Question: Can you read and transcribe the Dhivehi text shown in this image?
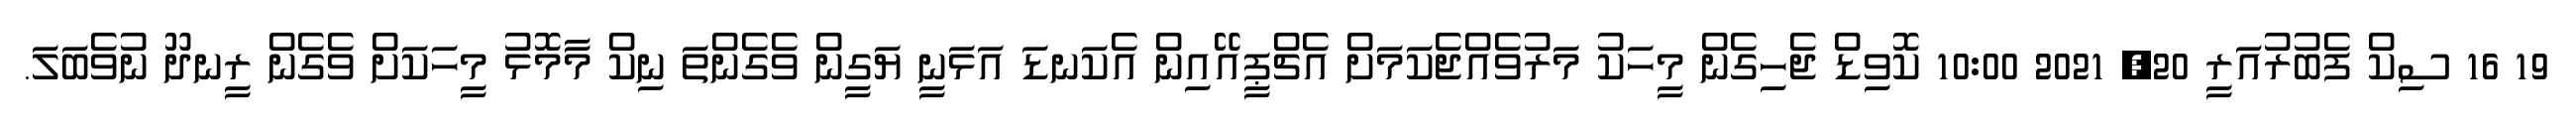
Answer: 19 16 ސިކް ފެބުރުއަރީ 20, 2021 10:00 ކޮވިޑް ޖެހިގެން މީހަކު މަރުވެއްޖެކަމަށް އެޗްޕީއޭއިން އެކަނޑަ އަޅަނީ ޔަގީން ވެގެންތަ ނިކް މާމޮޅު މީހަކަށް ވެގެން ރީނދޫ ނުވެބަލަ.